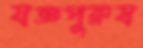
যজ্ঞপুরুষ